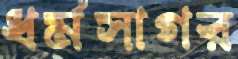
ধর্মসাগর